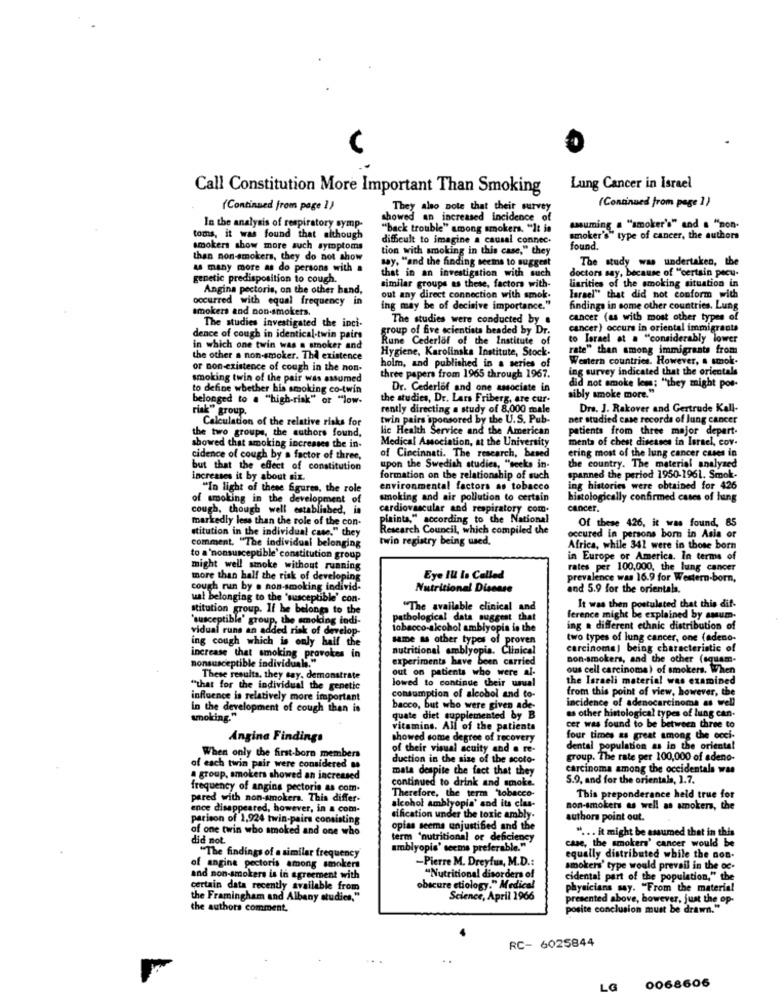
Call Constitution More Important Than Smoking
Lung Cancer in Israel
(Continued from page 1)
(Continued from page 1)
They also note that their survey
showed an increased incidence of
In the analysis of respiratory symp-
"back trouble" among smokers. "It is
assuming a "smoker's" and a "non-
toms, it was found that although
difficult to imagine a causal connec.
smoker's" type of cancer, the authors
smokers show more auch symptoms
tion with smoking in this case," they
found.
than non-smokers, they do not show
The study was undertaken, the
as many more as do persons with a
sey. "and the finding seems to suggest
doctors say, because of "certain pecu-
genetic predisposition to cough.
that in an investigation with such
similar groups as these, factors with-
Angina pectoris, on the other hand,
liarities of the smoking situation in
occurred with equal frequency in
out any direct connection with smok.
Tarael" that did not conform with
smokers and non-smokers.
ing may be of decisive importance."
findings in some other countries. Lung
The studies investigated the inci-
The studies were conducted by .
cancer (as with most other types of
group of five scientists beaded by Dr.
cancer) occurs in oriental immigrants
dence of cough in identical twin pairs
Rune Cederlof of the Institute of
to Israel at a "considerably lower
in which one twin was a smoker and
Hygiene, Karolinska Institute, Stock.
rate" than among immigrants from
the other a non-smoker. The existence
Western countries. However, a smok-
or non-existence of cough in the non-
holm, and published in a series of
ing survey indicated that the orientals
smoking twin of the pair was assumed
three papers from 1965 through 1967.
did not smoke lems; "they might pos-
to define whether his smoking co-twin
Dr. Cederlof and one associate in
belonged to . "high-risk" or "low-
the studies, Dr. Lars Friberg, are cur-
sibly smoke more."
risk group.
rently directing a study of 8,000 male
Dra. J. Rakover and Gertrude Kall-
Calculation of the relative risks for
twin pairs 'sponsored by the U.S. Pub-
Der studied case records of lung cancer
the two groups, the authors found,
lic Health Service and the American
patients from three major depart.
Medical Association, at the University
menta of chest diseases in Israel, cov.
showed that smoking increases the in-
ering most of the lung cancer cuses in
cidence of cough by a factor of three,
of Cincinnati. The research, based
but that the effect of constitution
upon the Swedish studies, "seeks in-
the country. The material analyzed
increases it by about six.
formation on the relationship of such
spanned the period 1950-1961. Smok-
"In light of these figures, the role
environmental factors as tobacco
ing histories were obtained for 426
of smoking in the development of
smoking and air pollution to certain
histologically confirmed cases of lung
cough, though well established, in
cardiovascular and respiratory com.
cancer.
markedly less than the role of the con-
pitinta," according to the National
Of these 426, it was found, 85
stitution in the individual case." they
Research Council, which compiled the
comment. "The individual belonging
twin registry being wed.
occured in persons born in Asia or
Africa, while 341 were in those born
to a 'nonsusceptible' constitution group
in Europe or America. In terms of
might well smoke without running
rates per 100,000, the lung cancer
more than half the risk of developing
Eye Il Is Called
prevalence was 16.9 for Western-born,
cough run by a non-smoking individ-
Nutritional Disease
and 5.9 for the orientals.
ual belonging to the 'susceptible' con-
stitution group. If he belongs to the
"The available clinical and
It was then postulated that this dif-
"susceptible' group, the smoking todi-
pathological data suggest
ference might be explained by amum-
vidual runs an added risk of develop-
tobacco-alcohol amblyopia is the
ing a different ethnic distribution of
same as other types of proven
two types of lung cancer, one (adeno-
ing cough which is only half the
nutritional amblyopis. Clinical
carcinoma) being characteristic of
increase that smoking provokes in
experiments have been carried
non-smokers, and the other (squam-
nonsusceptible individuals.
out on patients who were al-
ous cell carcinoma) of smokers. When
These results, they say, demonstrate
lowed to continue their usual
the Israeli material was examined
"that for the individual the genetic
consumption of alcohol and to-
from this point of view, however, the
influence is relatively more important
incidence of adenocarcinoma as well
in the development of cough then is
bacco, but who were given ade-
as other histological types of lung can-
smoking."
quate diet supplemented by B
cer was found to be between three to
vitamins. All of the patients
Angina Findings
showed some degree of recovery
four times as great among the occi-
of their visual acuity and a re-
dental population as in the oriental
When only the first-born members
duction in the size of the scoto-
group. The rate per 100,000 of adeno-
of each twin pair were considered as
mata despite the fact that they
Carcinoma among the occidentale was
a group, smokers showed an increased
continued to drink and smoke.
5.9, and for the orientals, 1.7.
frequency of angina pectoris as com.
Therefore, the term "tobacco-
pered with non-smokers. This differ-
This preponderance held true for
ence disappeared, however, in a com-
alcohol amblyopia' and its clas-
non-smokers as well as smokers, the
parison of 1,924 twin-pairs consisting
dification under the toxic ambly.
authors point out.
of one twin who smoked and one who
opias seems unjustified and the
" ... it might be assumed that in this
did not.
term 'nutritional or deficiency
case, the smokers' cancer would be
amblyopie' seems preferable."
"The findings of a similar frequency
-Pierre M. Dreyfus, M.D .:
equally distributed while the non-
of angina pectoris among smokers
smokers' type would prevail in the oc-
and non-smokers is in agreement with
"Nutritional disorders of
cidental part of the population," the
certain data recently available from
obscure etiology." Medical
physicians say. "From the material
the Framingham and Albany studies."
Science, April 1966
presented above, however, just the op-
the authors comment.
posite conclusion must be drawn."
RC- 6025844
..
LG
0068606